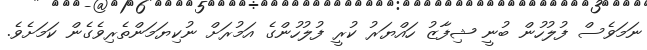
ނަމަވެސް ފުލުހުން ބުނީ ޝިފާޒު ހައްޔަރު ކުރީ ފުލުހުންގެ އަމުރަށް ނުކިޔަމަންތެރިވެގެން ކަމަށެވެ.